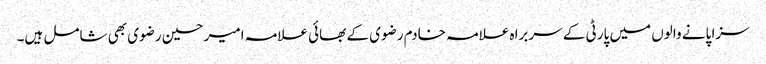
سزا پانے والوں میں پارٹی کے سربراہ علامہ خادم رضوی کے بھائی علامہ امیر حسین رضوی بھی شامل ہیں۔